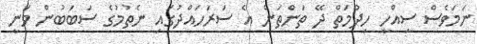
ނަމަވެސް ސިއްހީ ހިދުމަތް ދޭ ތަންތަން އެ ސަރަހައްދުގައި ނެތުމުގެ ސަބަބުން ވަނީ